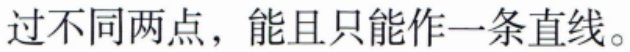
过不同两点，能且只能作一条直线。